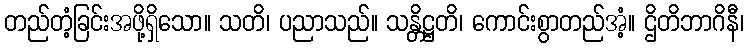
တည်တံ့ခြင်းအဖို့ရှိသော။ သတိ၊ ပညာသည်။ သန္တိဋ္ဌတိ၊ ကောင်းစွာတည်အံ့။ ဌိတိဘာဂိနီ၊